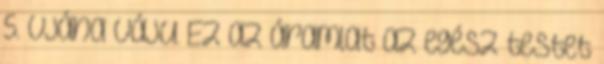
5. Vjána váju. Ez az áramlat az egész testet